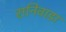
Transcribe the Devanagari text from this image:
रानिवाडा